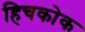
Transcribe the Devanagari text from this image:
हिचकोक